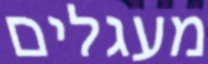
מעגלים